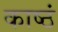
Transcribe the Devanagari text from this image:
काष्ठं